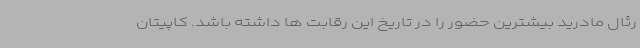
رئال مادرید بیشترین حضور را در تاریخ این رقابت ها داشته باشد. کاپیتان